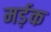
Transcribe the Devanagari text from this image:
मर्ड़क